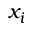
x _ { i }